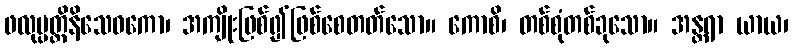
ဖလုပ္ပတ္တိနိသေဓကော၊ အကျိုးဖြစ်၍ဖြစ်စေတတ်သော။ ကောစိ၊ တစ်စုံတစ်ခုသော။ အန္တရာ ယာယ၊